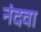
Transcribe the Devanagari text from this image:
नंदवा